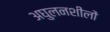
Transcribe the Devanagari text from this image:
अघुलनशीलों